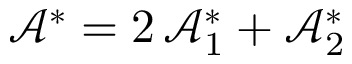
\mathcal { A } ^ { \ast } = 2 \, \mathcal { A } _ { 1 } ^ { \ast } + \mathcal { A } _ { 2 } ^ { \ast }